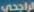
الراجحي